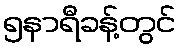
၅နာရီခန့်တွင်